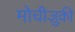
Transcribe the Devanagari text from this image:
मोचीज़ुकी